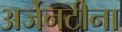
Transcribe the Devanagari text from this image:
अर्जेनटीना